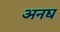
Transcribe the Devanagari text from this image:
अनद्य